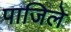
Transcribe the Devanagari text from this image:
पाजिले